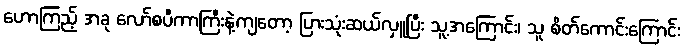
ဟောကြည့် အခု လော်စပီကာကြီးနဲ့ကျတော့ ပြားသုံးဆယ်လှူပြီး သူ့အကြောင်း၊ သူ စိတ်ကောင်းကြောင်း